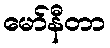
မော်နီတာ